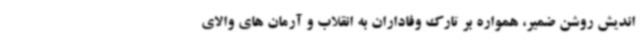
اندیش روشن ضمیر، همواره بر تارک وفاداران به انقلاب و آرمان های والای